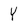
Character: Y